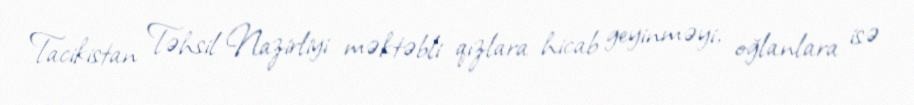
Tacikistan Təhsil Nazirliyi məktəbli qızlara hicab geyinməyi, oğlanlara isə